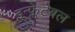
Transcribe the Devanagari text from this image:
इन्फ्लेटेबल